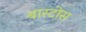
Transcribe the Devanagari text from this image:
बास्टोस